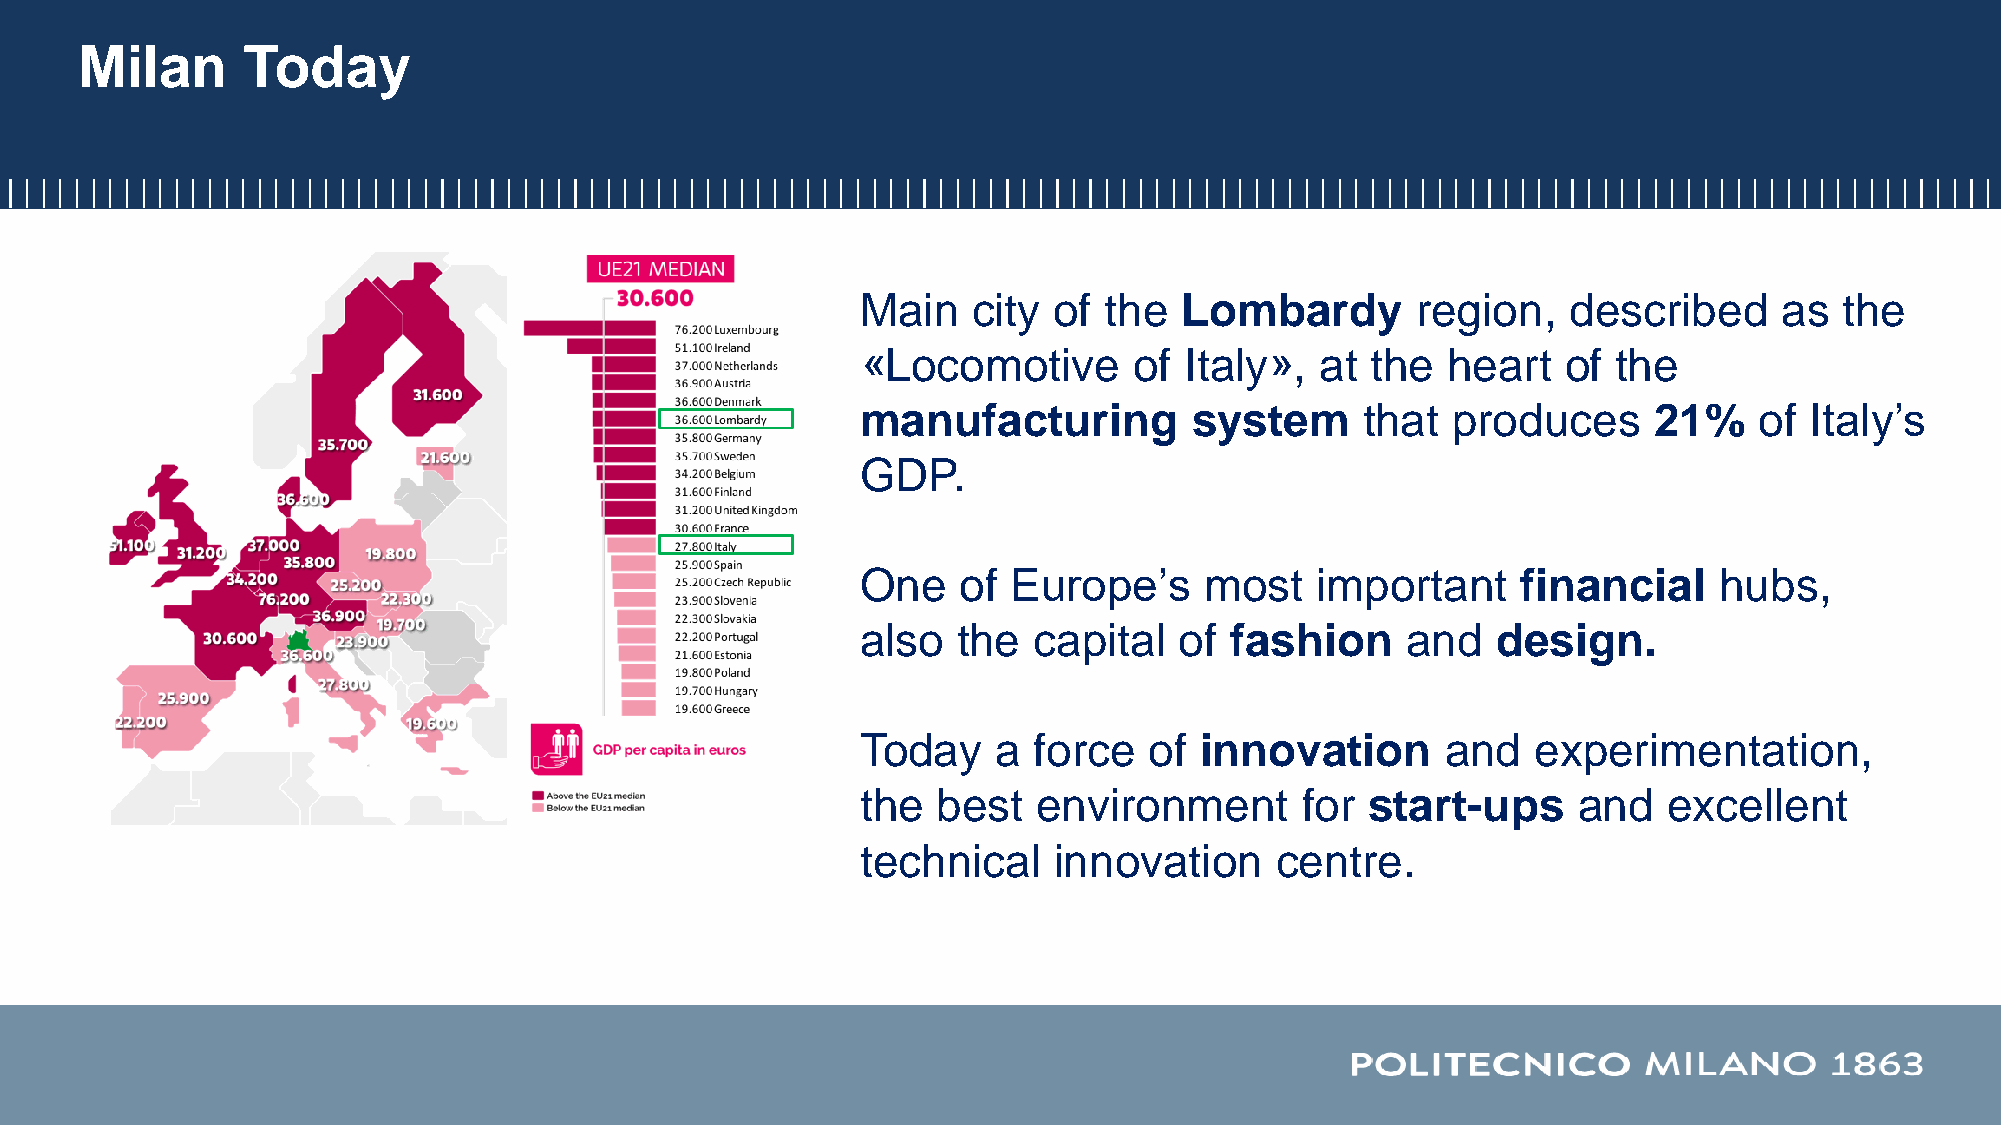
Milan      Today
 Main   city  of the  Lombardy        region,   described     as  the
 «Locomotive       of Italy»,  at  the  heart   of the
 manufacturing         system     that  produces     21%    of  Italy’s
 GDP.
 One   of  Europe’s     most   important     financial    hubs,
 also  the  capital   of fashion     and   design.
 Today    a force   of innovation       and   experimentation,
 the  best   environment      for  start-ups    and   excellent
 technical    innovation    centre.